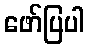
ဖော်ပြပါ